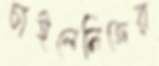
চাইলেনিজের